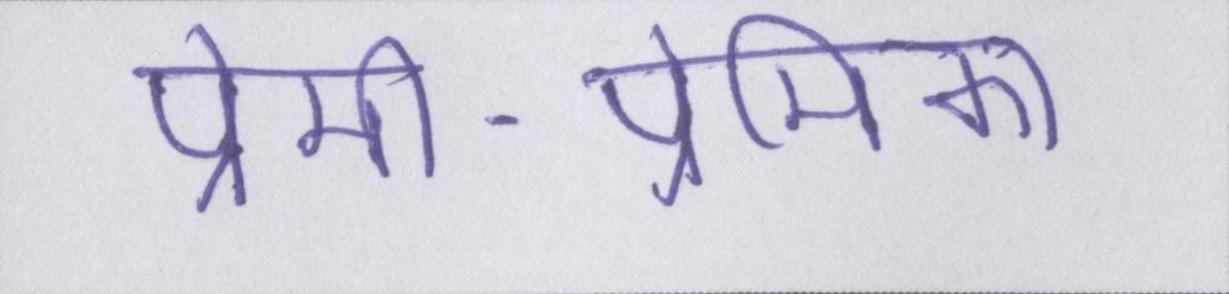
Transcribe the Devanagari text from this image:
प्रेमी-प्रेमिका